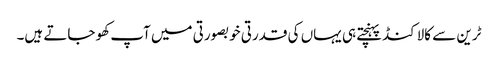
ٹرین سے کالاکنڈ پہنچتے ہی یہاں کی قدرتی خوبصورتی میں آپ کھو جاتے ہیں۔